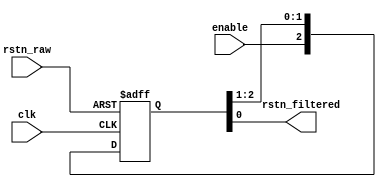
module reset_filter (
	enable,
	rstn_raw,
	clk,
	rstn_filtered
);

//
// "2" is the most common number for this parameter
// (enforces at least 1 cycle of reset)
//
// I personally am willing to spend 1 more register
// to see a nice robust length 2+ pulse.   The LABwide
// clr is already selected, might as well USE it.
//
parameter PULSE_HOLD = 3;  

input enable;
input rstn_raw;
input clk;
output rstn_filtered;

reg [PULSE_HOLD-1:0] rstn_reg /* synthesis preserve */;
initial rstn_reg = {PULSE_HOLD{1'b0}};

always @(posedge clk or negedge rstn_raw) begin
  if (!rstn_raw) begin
    rstn_reg <= {PULSE_HOLD{1'b0}};
  end
  else begin
	rstn_reg <= {enable,rstn_reg[PULSE_HOLD-1:1]};
  end
end

assign rstn_filtered = rstn_reg[0];

endmodule